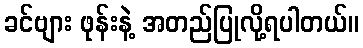
ခင်ဗျား ဖုန်းနဲ့ အတည်ပြုလို့ရပါတယ်။